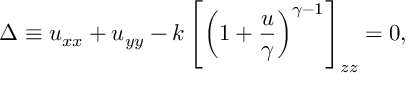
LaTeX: \Delta \equiv u _ { x x } + u _ { y y } - k \left[ \left( 1 + { \frac { u } { \gamma } } \right) ^ { \gamma - 1 } \right] _ { z z } = 0 ,